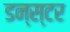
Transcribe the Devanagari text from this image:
डन्स्टर